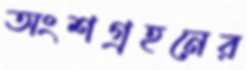
অংশগ্রহনের